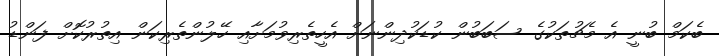
ބެކަމް ބުނީ އެ މެޗުތަކުގެ ސަބަބުން ކުޑަކުދިންނަށް އެހީތެރިވުމަށާއި ހޭލުންތެރިކަން އިތުރުކޮށް ފަންޑު